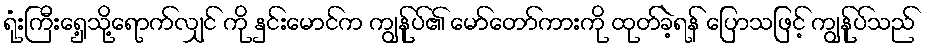
ရုံးကြီးရှေ့သို့ရောက်လျှင် ကို နှင်းမောင်က ကျွန်ုပ်၏ မော်တော်ကားကို ထုတ်ခဲ့ရန် ပြောသဖြင့် ကျွန်ုပ်သည်